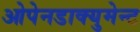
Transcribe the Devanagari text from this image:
ओपेनडाक्युमेन्ट